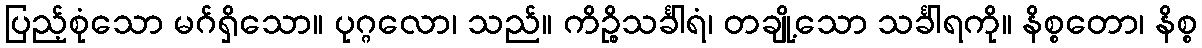
ပြည့်စုံသော မဂ်ရှိသော။ ပုဂ္ဂလော၊ သည်။ ကိဉ္စိသင်္ခါရံ၊ တချို့သော သင်္ခါရကို။ နိစ္စတော၊ နိစ္စ